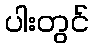
ပါးတွင်